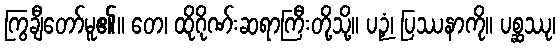
ကြွချီတော်မူ၏။ တေ၊ ထိုဂိုဏ်းဆရာကြီးတို့သို့။ ပဉှံ၊ ပြဿနာကို။ ပစ္ဆဿု၊